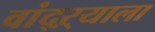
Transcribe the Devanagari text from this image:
वांद्‌ऱ्याला